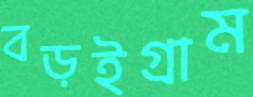
বড়ইগ্রাম